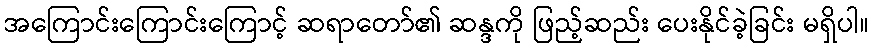
အကြောင်းကြောင်းကြောင့် ဆရာတော်၏ ဆန္ဒကို ဖြည့်ဆည်း ပေးနိုင်ခဲ့ခြင်း မရှိပါ။